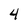
Character: 4